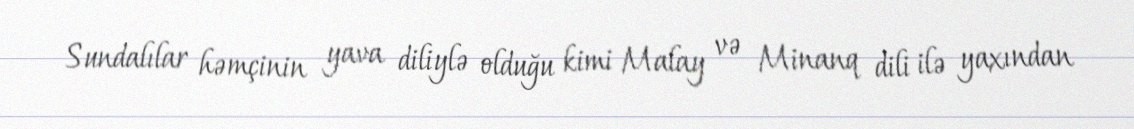
Sundalılar həmçinin yava diliylə olduğu kimi Malay və Minanq dili ilə yaxından